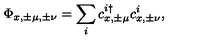
\Phi _ { x , \pm \mu , \pm \nu } = \sum _ { i } c _ { x , \pm \mu } ^ { i \dagger } c _ { x , \pm \nu } ^ { i } ,